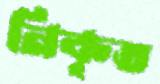
নিকৃত